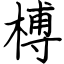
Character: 榑